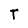
Character: T